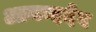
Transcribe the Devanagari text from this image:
आनन्ददेव